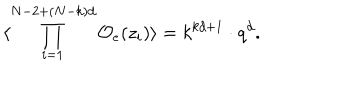
LaTeX: \langle \prod _ { i = 1 } ^ { N - 2 + ( N - k ) d } { \cal O } _ { e } ( z _ { i } ) \rangle = k ^ { k d + 1 } \cdot q ^ { d } .